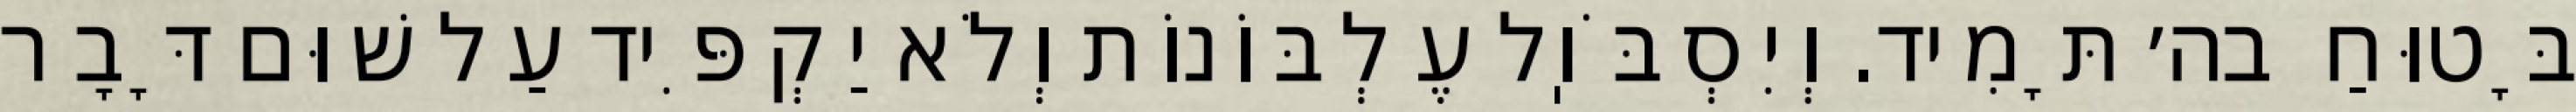
בָּטוּחַ בה׳ תָּמִיד. וְיִסְבֹּוֽל עֶלְבּוֹנוֹת וְלֹא יַקְפִּיד עַל שׁוּם דָּבָר